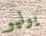
يوليو